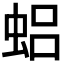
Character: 𱿤